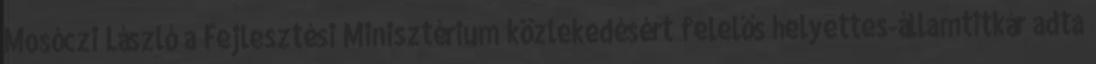
Mosóczi László a Fejlesztési Minisztérium közlekedésért felelős helyettes-államtitkár adta